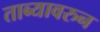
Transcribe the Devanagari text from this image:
ताब्यावरुन